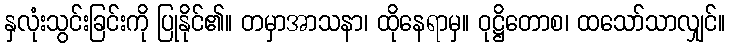
နှလုံးသွင်းခြင်းကို ပြုနိုင်၏။ တမှာအာသနာ၊ ထိုနေရာမှ။ ဝုဋ္ဌိတောစ၊ ထသော်သာလျှင်။